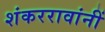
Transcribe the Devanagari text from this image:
शंकररावांनीं